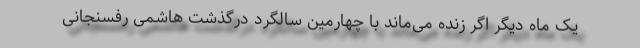
یک ماه دیگر اگر زنده می‌ماند با چهارمین سالگرد درگذشت هاشمی رفسنجانی